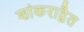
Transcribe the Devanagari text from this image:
शांकराद्वैत